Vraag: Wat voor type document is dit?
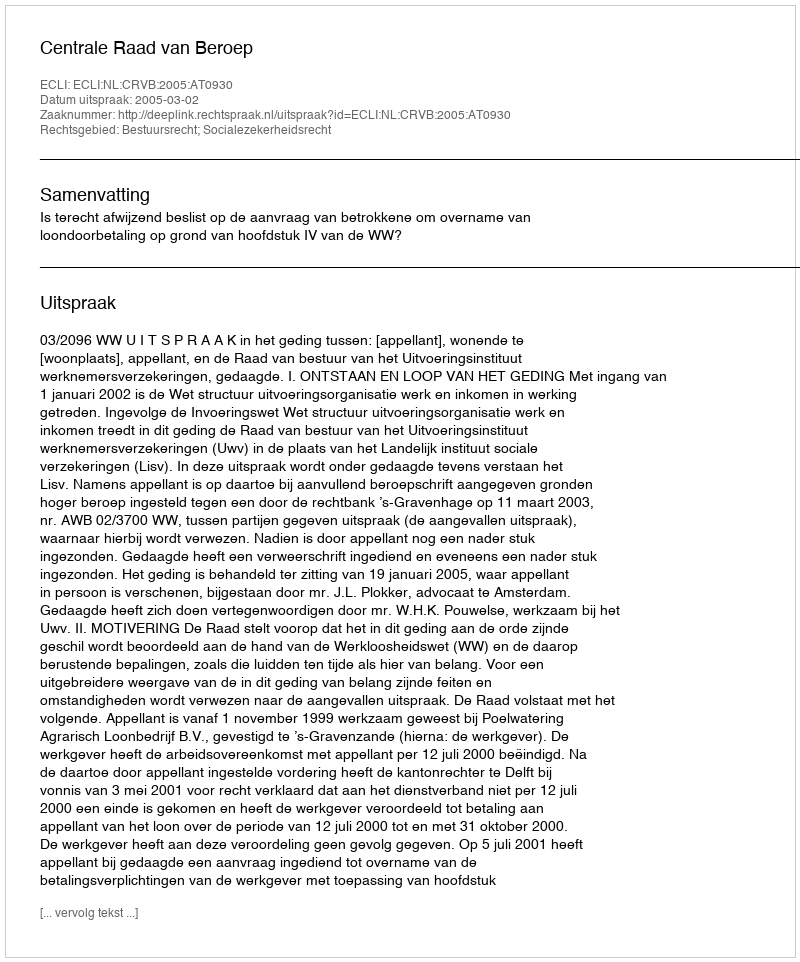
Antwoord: Uitspraak